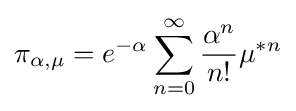
\pi _{\alpha ,\mu }=e^{-\alpha }\sum _{n=0}^{\infty }{\frac {\alpha ^{n}}{n!}}\mu ^{*n}